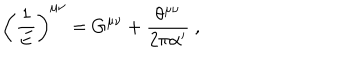
LaTeX: \left( \frac { 1 } { E } \right) ^ { \mu \nu } = G ^ { \mu \nu } + \frac { \theta ^ { \mu \nu } } { 2 \pi \alpha ^ { \prime } } ~ ,